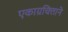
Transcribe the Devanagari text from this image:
एकाग्रचित्ताने